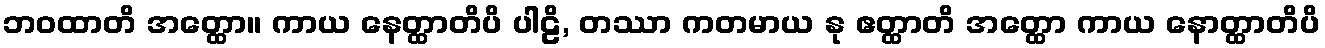
ဘဝထာတိ အတ္ထော။ ကာယ နေတ္ထာတိပိ ပါဠိ, တဿာ ကတမာယ နု ဧတ္ထာတိ အတ္ထော ကာယ နောတ္ထာတိပိ